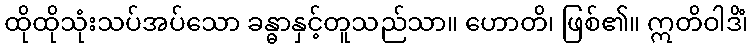
ထိုထိုသုံးသပ်အပ်သော ခန္ဓာနှင့်တူသည်သာ။ ဟောတိ၊ ဖြစ်၏။ ဣတိဝါဒိံ၊